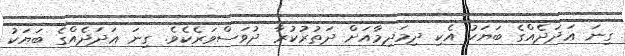
ގިނަ ޢަދަދެއްގެ ބަޔަކު އެކި ދިމަދިމާއަށް ދަތުރުކުރާ ދުވަސްވަރެކެވެ. ގިނަ ޢަދަދެއްގެ ބަޔަކު